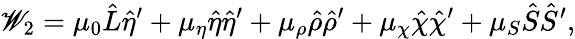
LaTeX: \mathscr{W}_{2}=\mu_{0}\hat{{L}}\hat{{\eta}}^{\prime}+\mu_{\eta}\hat{{\eta}}\hat{{\eta}}^{\prime}+\mu_{\rho}\hat{{\rho}}\hat{{\rho}}^{\prime}+\mu_{\chi}\hat{{\chi}}\hat{{\chi}}^{\prime}+\mu_{S}\hat{{S}}\hat{{S}}^{\prime},